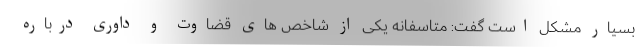
بسیار مشکل است گفت: متاسفانه یکی از شاخص های قضاوت و داوری درباره